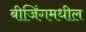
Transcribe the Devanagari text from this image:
बीजिंगमधील